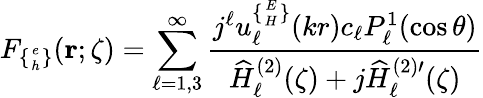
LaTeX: F_{\{ {e\atop h}\} }({\mathbf r};\zeta)=\sum_{\ell=1,3}^{\infty}\frac{j^{\ell}u_{\ell}^{\{ {E\atop H}\} }(kr)c_{\ell}P_{\ell}^{1}(\cos\theta)}{\widehat{H}_{\ell}^{(2)}(\zeta)+j\widehat{H}_{\ell}^{(2)\prime}(\zeta)}